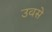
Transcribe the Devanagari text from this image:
उवसे